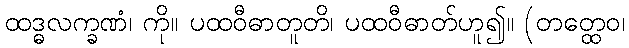
ထဒ္ဓလက္ခဏံ၊ ကို။ ပထဝီဓာတူတိ၊ ပထဝီဓာတ်ဟူ၍။ (တတ္ထေဝ၊